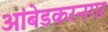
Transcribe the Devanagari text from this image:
आंबेडकरनगर